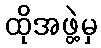
ထိုအဖွဲ့မှ